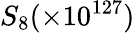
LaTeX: S_{8}(\times 10^{127})